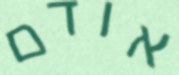
אודם